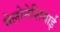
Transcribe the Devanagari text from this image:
मेलोनेशियाई